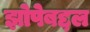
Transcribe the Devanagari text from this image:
झोपेबद्दल